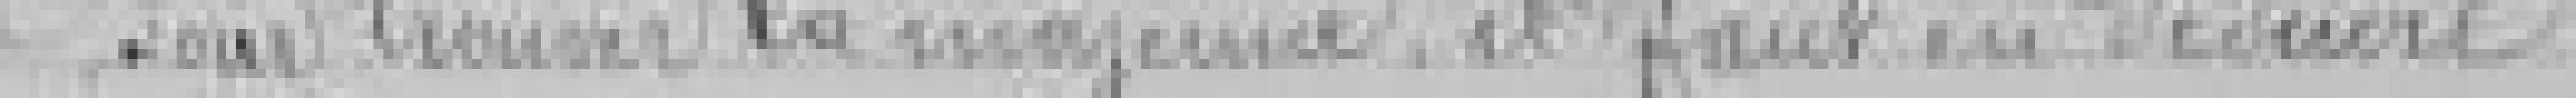
pour trouver la moyenne, il faut en déduire :